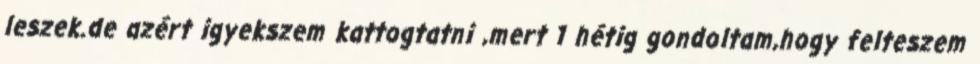
leszek.de azért igyekszem kattogtatni ,mert 1 hétig gondoltam,hogy felteszem